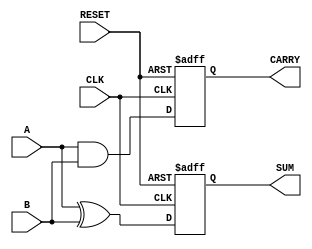
module sequential_half_adder (
    input wire A,         // First input bit
    input wire B,         // Second input bit
    input wire CLK,       // Clock input
    input wire RESET,     // Asynchronous reset input
    output reg SUM,       // Sum output
    output reg CARRY      // Carry output
);
    
    // Intermediate signals for the next state
    wire next_SUM;
    wire next_CARRY;

    // Combinational logic for sum and carry
    assign next_SUM = A ^ B;         // Sum is A XOR B
    assign next_CARRY = A & B;       // Carry is A AND B

    // Sequential logic for state retention
    always @(posedge CLK or posedge RESET) begin
        if (RESET) begin
            SUM <= 1'b0;              // Reset SUM to 0
            CARRY <= 1'b0;            // Reset CARRY to 0
        end else begin
            SUM <= next_SUM;          // Store next SUM
            CARRY <= next_CARRY;      // Store next CARRY
        end
    end

endmodule